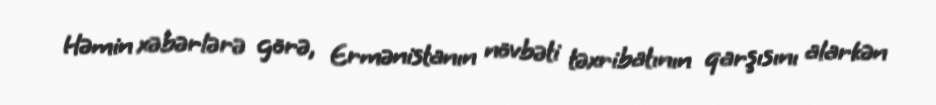
Həmin xəbərlərə görə, Ermənistanın növbəti təxribatının qarşısını alarkən